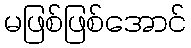
မဖြစ်ဖြစ်အောင်